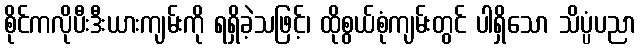
စိုင်ကလိုပီးဒီးယားကျမ်းကို ရရှိခဲ့သဖြင့်၊ ထိုစွယ်စုံကျမ်းတွင် ပါရှိသော သိပ္ပံပညာ